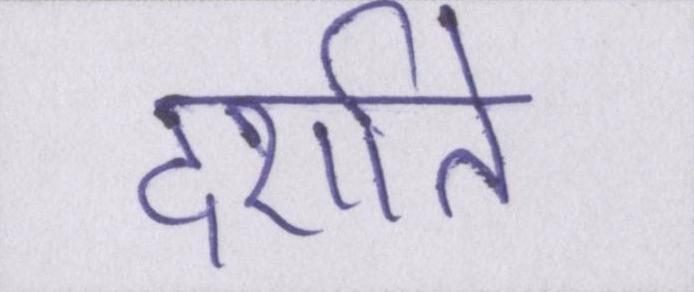
दर्शाते